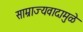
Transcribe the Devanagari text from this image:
साम्राज्यवादामुळे